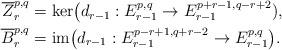
LaTeX: \begin{align*}\begin{aligned}\overline{Z}^{p,q}_r &= \mathrm{ker}\big(d_{r-1}:E^{p,q}_{r-1} \to E^{p+r-1,q-r+2}_{r-1} \bigskip),\\\overline{B}^{p,q}_r &=\mathrm{im}\big(d_{r-1}:E^{p-r+1,q+r-2}_{r-1} \to E^{p,q}_{r-1} \big).\end{aligned}\end{align*}